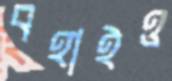
বহাইও